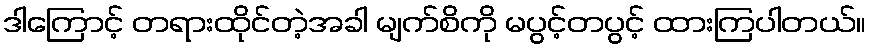
ဒါကြောင့် တရားထိုင်တဲ့အခါ မျက်စိကို မပွင့်တပွင့် ထားကြပါတယ်။